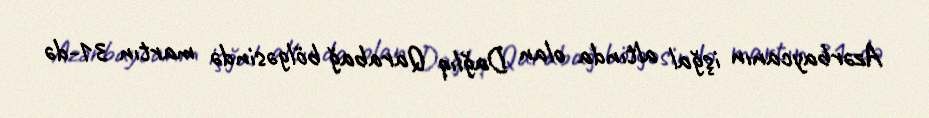
Azərbaycanın işğal altında olan Dağlıq Qarabağ bölgəsində martın 31-də